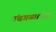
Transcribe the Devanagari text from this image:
पंचगव्याच्या